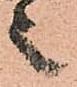
之